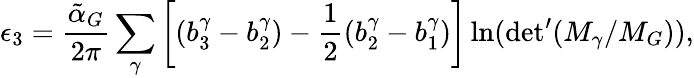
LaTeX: \epsilon_{3}=\frac{\tilde{\alpha}_{G}}{2\pi}\sum_{\gamma}\left[(b_{3}^{\gamma}-b_{2}^{\gamma})-\frac{1}{2}(b_{2}^{\gamma}-b_{1}^{\gamma})\right]\ln(\mathrm{det^{\prime}}(M_{\gamma}/M_{G})),